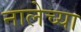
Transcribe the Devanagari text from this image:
नालेच्या